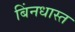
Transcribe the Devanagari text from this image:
बिंनधास्त